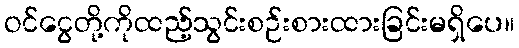
ဝင်ငွေတို့ကိုထည့်သွင်းစဉ်းစားထားခြင်းမရှိပေ။